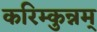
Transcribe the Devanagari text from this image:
करिम्कुन्नम्